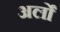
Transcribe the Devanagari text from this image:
अर्लों